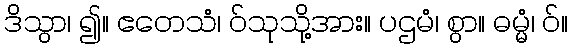
ဒိသွာ၊ ၍။ ဧတေသံ၊ ဝ်သုသို့အား။ ပဌမံ၊ စွာ။ ဓမ္မံ၊ ဝ်။